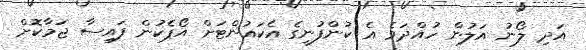
އަދި ލޯނު އަލުން ހުއްދަވެ އެ ކުންފުނީގެ އެކައުންޓަށް އޯޕެކުން ފައިސާ ޖަމާކޮށް